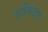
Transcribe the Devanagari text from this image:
परिकलम